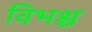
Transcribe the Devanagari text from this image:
विभश्च